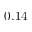
0 . 1 4